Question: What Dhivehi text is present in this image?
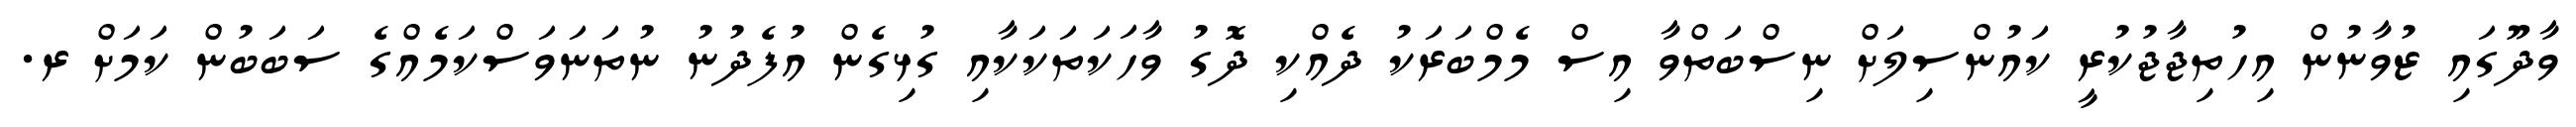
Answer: ވާދޫގައި ޒުވާނުން އިހުތިޖާޖުކުރީ ކައުންސިލަށް ނިސްބަތްވާ އިސް މެމްބަރަކު ދެއްކި ދޮގު ވާހަކަތަކަކާއި ގުޅިގެން އުފެދުނު ނުތަނަވަސްކަމެއްގެ ސަބަބުން ކަމަށް ރ.